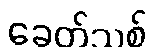
ခေတ်သစ်